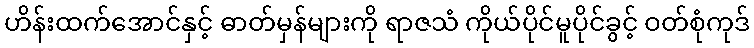
ဟိန်းထက်အောင်နှင့် ဓာတ်မှန်များကို ရာဇသံ ကိုယ်ပိုင်မူပိုင်ခွင့် ဝတ်စုံကုဒ်